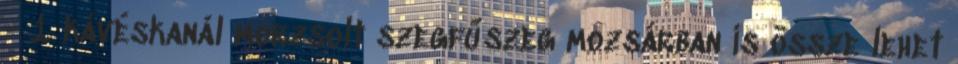
- 1 kávéskanál morzsolt szegfűszeg mozsárban is össze lehet